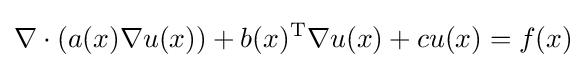
\nabla \cdot (a(x)\nabla u(x))+b(x)^{\text{T}}\nabla u(x)+cu(x)=f(x)